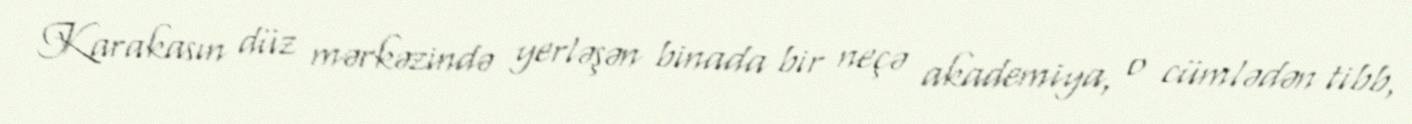
Karakasın düz mərkəzində yerləşən binada bir neçə akademiya, o cümlədən tibb,